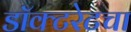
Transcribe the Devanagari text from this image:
डॉक्टरेटचा